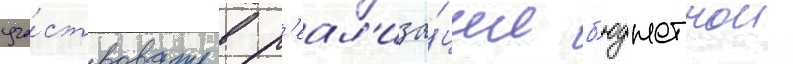
уча́ствовать в р'еал'иза́ции б'юджетнои